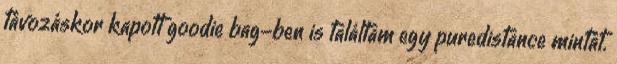
távozáskor kapott goodie bag-ben is találtam egy puredistance mintát.